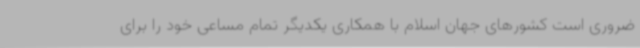
ضروری است کشورهای جهان اسلام با همکاری یکدیگر تمام مساعی خود را برای